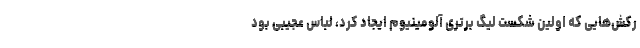
رکش‌هایی که اولین شکست لیگ برتری آلومینیوم ایجاد کرد، لباس عجیبی بود